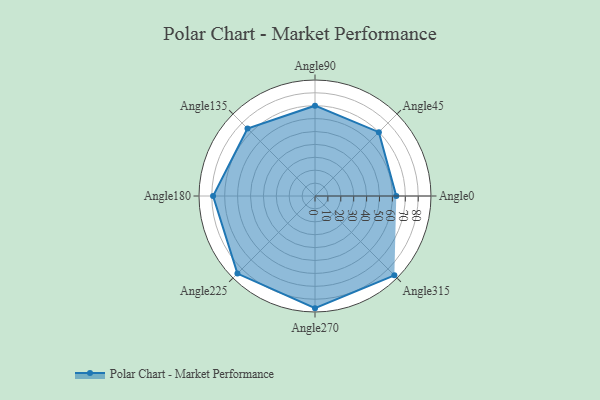
{"axis": {"x": "Angle", "y": "Radius"}, "legend": [""], "data": [{"x": "Angle0", "y": 63.0, "type": ""}, {"x": "Angle45", "y": 70.0, "type": ""}, {"x": "Angle90", "y": 70.0, "type": ""}, {"x": "Angle135", "y": 74.0, "type": ""}, {"x": "Angle180", "y": 79.0, "type": ""}, {"x": "Angle225", "y": 85.0, "type": ""}, {"x": "Angle270", "y": 87.0, "type": ""}, {"x": "Angle315", "y": 87.0, "type": ""}]}